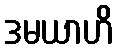
ဒမယာဟိ